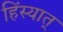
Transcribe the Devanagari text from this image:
हिंस्यात्‌